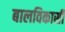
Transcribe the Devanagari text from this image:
बालविकासी